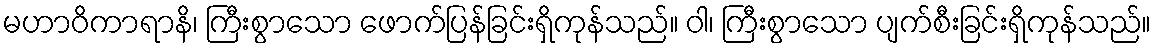
မဟာဝိကာရာနိ၊ ကြီးစွာသော ဖောက်ပြန်ခြင်းရှိကုန်သည်။ ဝါ၊ ကြီးစွာသော ပျက်စီးခြင်းရှိကုန်သည်။